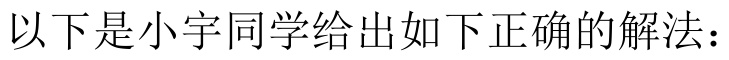
以下是小宇同学给出如下正确的解法：